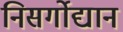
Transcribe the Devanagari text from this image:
निसर्गोद्यान